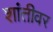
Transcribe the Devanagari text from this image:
शांतीवर